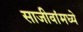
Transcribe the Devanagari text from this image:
साजीवांमध्ये